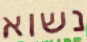
נשוא